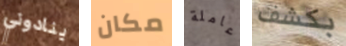
ينادوني مكان عاملة بكشف